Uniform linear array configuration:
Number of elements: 64
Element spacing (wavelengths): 0.25
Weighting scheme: cosine
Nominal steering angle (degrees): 45
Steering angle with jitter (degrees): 45.876
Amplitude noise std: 0.05
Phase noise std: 0.05

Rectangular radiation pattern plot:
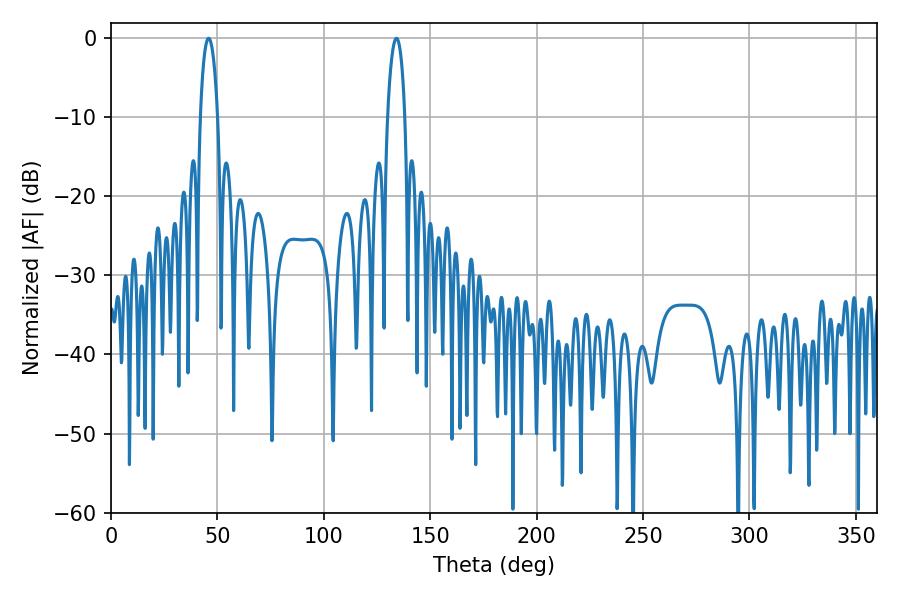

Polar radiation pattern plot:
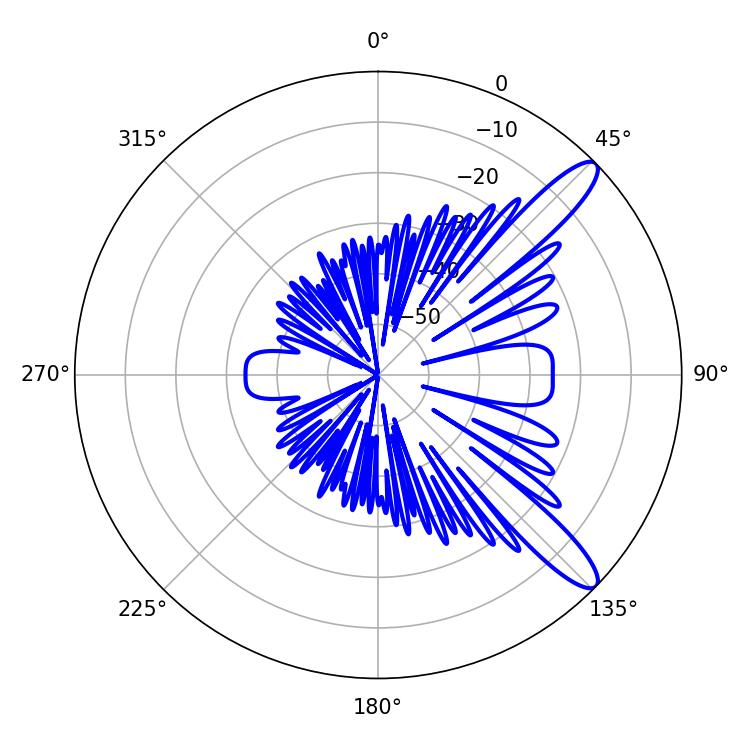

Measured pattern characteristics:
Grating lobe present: FALSE
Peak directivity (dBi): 11.861
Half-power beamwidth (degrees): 4.68
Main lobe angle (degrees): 45.9